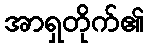
အာရှတိုက်၏